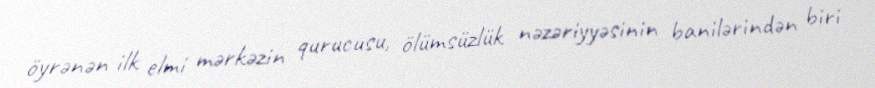
öyrənən ilk elmi mərkəzin qurucusu, ölümsüzlük nəzəriyyəsinin banilərindən biri